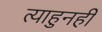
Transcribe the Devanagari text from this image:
त्याहुनही